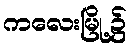
ကလေးမြို့၌